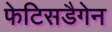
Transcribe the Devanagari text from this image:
फेटिसडैगेन